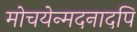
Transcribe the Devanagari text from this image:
मोचयेन्मदनादपि